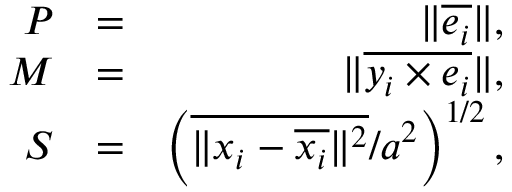
\begin{array} { r l r } { P } & { = } & { \| \overline { { \boldsymbol { e } _ { i } } } \| , } \\ { M } & { = } & { \| \overline { { \boldsymbol { y } _ { i } \times \boldsymbol { e } _ { i } } } \| , } \\ { S } & { = } & { \left( \overline { { \| \boldsymbol { x } _ { i } - \overline { { \boldsymbol { x } _ { i } } } \| ^ { 2 } } } / a ^ { 2 } \right) ^ { 1 / 2 } , } \end{array}